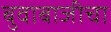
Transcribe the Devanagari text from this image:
बुवाबाजीचा